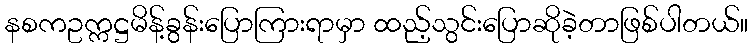
နစကဥက္ကဋ္ဌမိန့်ခွန်းပြောကြားရာမှာ ထည့်သွင်းပြောဆိုခဲ့တာဖြစ်ပါတယ်။